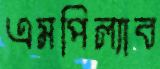
এমপিল্যাব